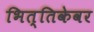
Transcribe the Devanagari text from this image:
भित्तिकेवर